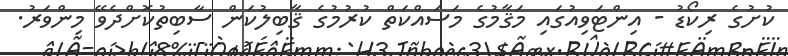
ކުށުގެ ރިކޯޑު - އިންޓަވިއުގައި މަޤާމުގެ މަސައްކަތް ކުރުމުގެ ޤާބިލުކަން ސާބިތުކޮށްދެވޭ މިންވަރު.